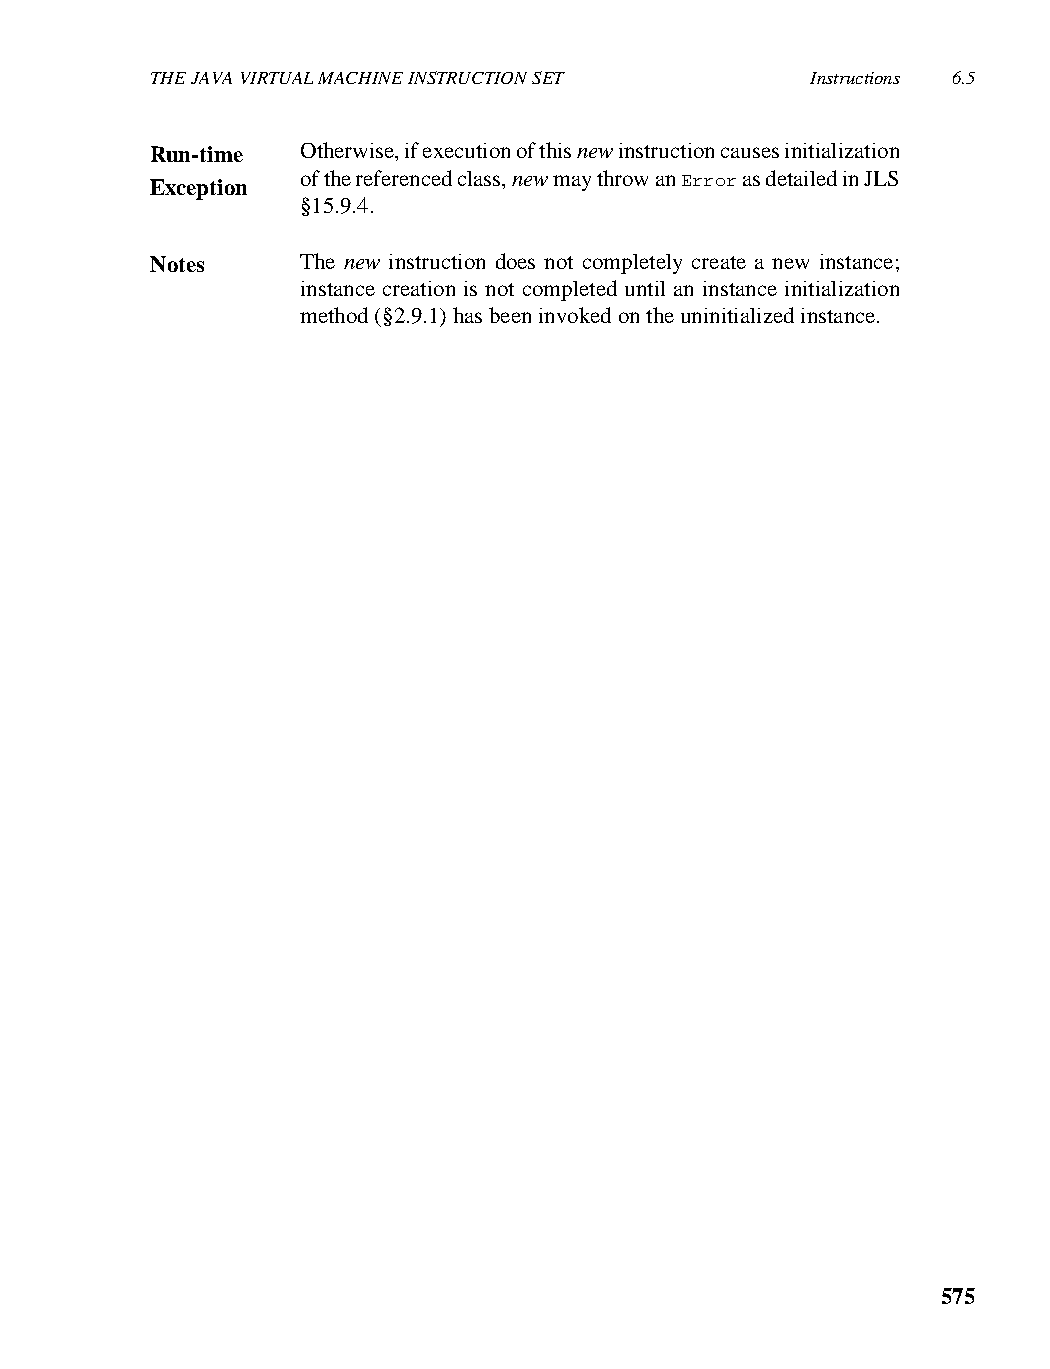
THE JAVA VIRTUAL MACHINE INSTRUCTION SET    Instructions 6.5
 Run-time  Otherwise, if execution of this new instruction causes initialization
 of the referenced class, new may throw an Error as detailed in JLS
 Exception
 §15.9.4.
 Notes     The new instruction does not completely create a new instance;
 instance creation is not completed until an instance initialization
 method (§2.9.1) has been invoked on the uninitialized instance.
 575